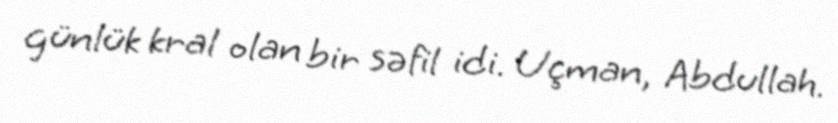
günlük kral olan bir səfil idi. Uçman, Abdullah.